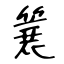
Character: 簔